Report on plague in the Punjab from October 1st ... to September 30th ..., being the ... season of plague in the province
Disease focus: Plague
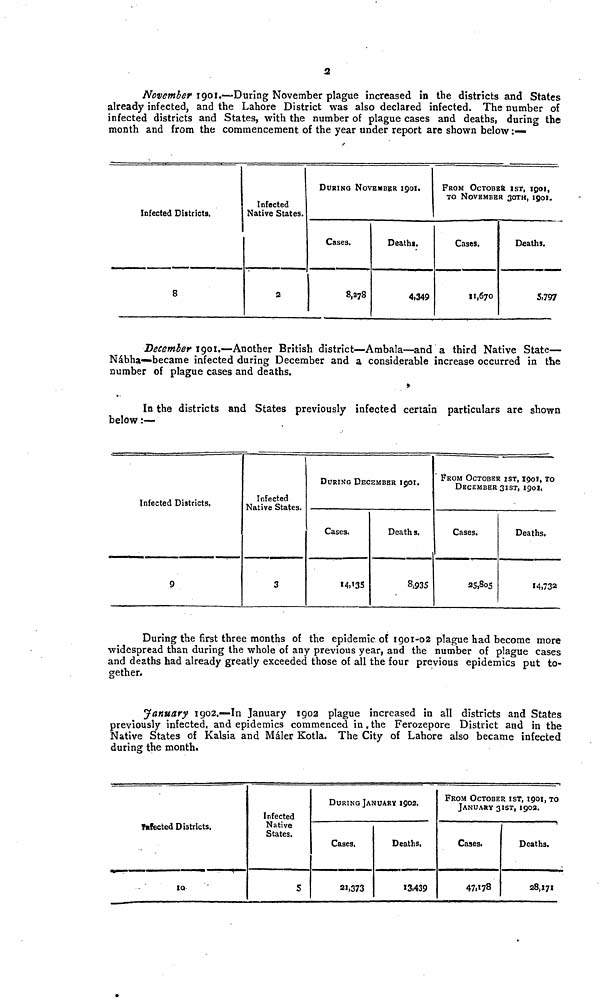
2
November 1901.—During November plague increased in the districts and States
already infected, and the Lahore District was also declared infected. The number of
infected districts and States, with the number of plague cases and deaths, during the
month and from the commencement of the year under report are shown below:—
Infected Districts.
8
Infected
Native States.
2
DURING NOVEMBER 1901.
Cases.
8,278
Deaths.
4.349
FROM OCTOBER IST, 1901,
TO NOVEMBER 3OTH, 1901.
Cases.
11,670
Deaths.
5,797
December 1901.—Another British district—Ambala—and a third Native State—
Nabha—became infected during December and a considerable increase occurred in the
number of plague cases and deaths.
In the districts and States previously infected certain particulars are shown
below:—
Infected Districts.
9
Infected
Native States.
3
DURING DECEMBER 1901.
Cases.
14,135
Deaths.
8,935
FROM OCTOBER IST, 1901, TO
DECEMBER 31ST,
1901,
Cases.
25,805
Deaths.
*4,732
During the first three months of the epidemic of 1901-02 plague had become more
widespread than during the whole of any previous year, and the number of plague cases
and deaths had already greatly exceeded those of all the four previous epidemics put to-
gether.
January 1902.—In January 1902 plague increased in all districts and States
previously infected, and epidemics commenced in, the Ferozepore District and in the
Native States of Kalsia and Maler Kotla. The City of Lahore also became infected
during the month.
Infected Districts.
Infected
Native
States.
5
DURING JANUARY 1902.
Cases,
21,373
Deaths,
13,439
FROM OCTOBER 1ST, 1901, TO
JANUARY 31ST, 1902.
Cases.
47,178
Deaths.
28,171